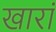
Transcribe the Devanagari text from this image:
खारां